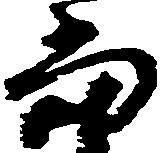
当